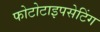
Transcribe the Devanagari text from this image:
फोटोटाइपसेटिंग